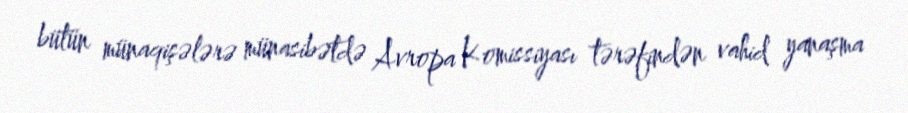
bütün münaqişələrə münasibətdə Avropa Komissiyası tərəfindən vahid yanaşma